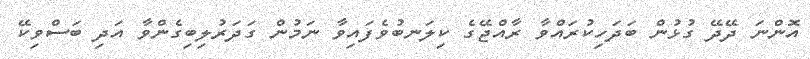
އޮންނަ ދޭދޭ ގުޅުން ބަދަހިކުރައްވާ ރާއްޖޭގެ ކިލަނބުވެފައިވާ ނަމުން ގަދަރުލިބިގެންވާ އަދި ބަސްވިކޭ